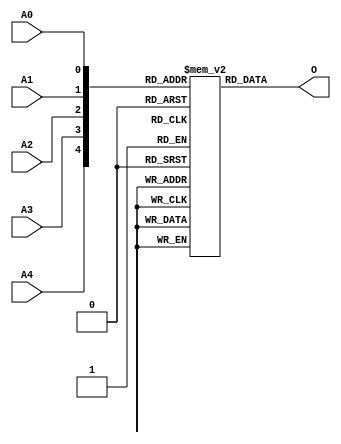
// $Header: /devl/xcs/repo/env/Databases/CAEInterfaces/verunilibs/s/ROM32X1.v,v 1.8.22.1 2003/11/18 20:41:40 wloo Exp $

/*

FUNCTION	: ROM 32x1

*/

`timescale  100 ps / 10 ps


module ROM32X1 (O, A0, A1, A2, A3, A4);

    parameter INIT = 32'h00000000;

    output O;

    input  A0, A1, A2, A3, A4;

    wire dout;
    wire [4:0] adr;

    reg mem [0:31];
    reg  [5:0] count;

    buf b0 (adr[4], A4);
    buf b1 (adr[3], A3);
    buf b2 (adr[2], A2);
    buf b3 (adr[1], A1);
    buf b4 (adr[0], A0);
    buf b5 (O, dout);

    initial begin
	for(count = 0; count < 32; count = count + 1)
	    mem[count] = INIT[count];
    end

    assign dout = mem[adr];

    specify
	(A4 => O) = (0, 0);
	(A3 => O) = (0, 0);
	(A2 => O) = (0, 0);
	(A1 => O) = (0, 0);
	(A0 => O) = (0, 0);
    endspecify

endmodule